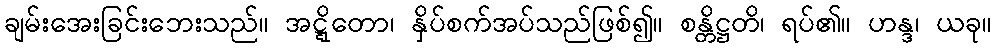
ချမ်းအေးခြင်းဘေးသည်။ အဋ္ဋိတော၊ နှိပ်စက်အပ်သည်ဖြစ်၍။ စန္တိဋ္ဌတိ၊ ရပ်၏။ ဟန္ဒ၊ ယခု။